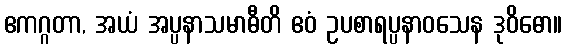
ဧကဂ္ဂတာ, အယံ အပ္ပနာသမာဓီတိ ဧဝံ ဥပစာရပ္ပနာဝသေန ဒုဝိဓော။